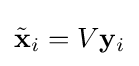
{\tilde {\mathbf {x} }}_{i}=V\mathbf {y} _{i}